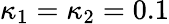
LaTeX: \kappa_{1}=\kappa_{2}=0.1